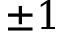
\pm 1